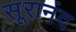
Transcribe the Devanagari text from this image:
सूरानंद